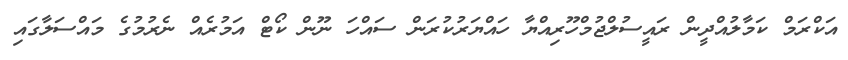
އަކްރަމް ކަމާލުއްދީން ރައީސުލްޖުމްހޫރިއްޔާ ހައްޔަރުކުރަން ސައްހަ ނޫން ކޯޓް އަމުރެއް ނެރުމުގެ މައްސަލާގައި